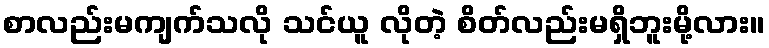
စာလည်းမကျက်သလို သင်ယူ လိုတဲ့ စိတ်လည်းမရှိဘူးမို့လား။